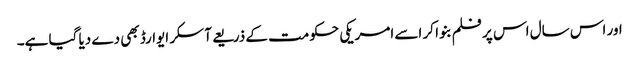
اور اس سال اس پر فلم بنوا کر اسے امریکی حکومت کے ذریعے آسکر ایوارڈ بھی دے دیا گیا ہے۔